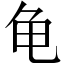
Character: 龟